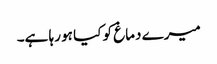
میرے دماغ کو کیا ہو رہا ہے۔